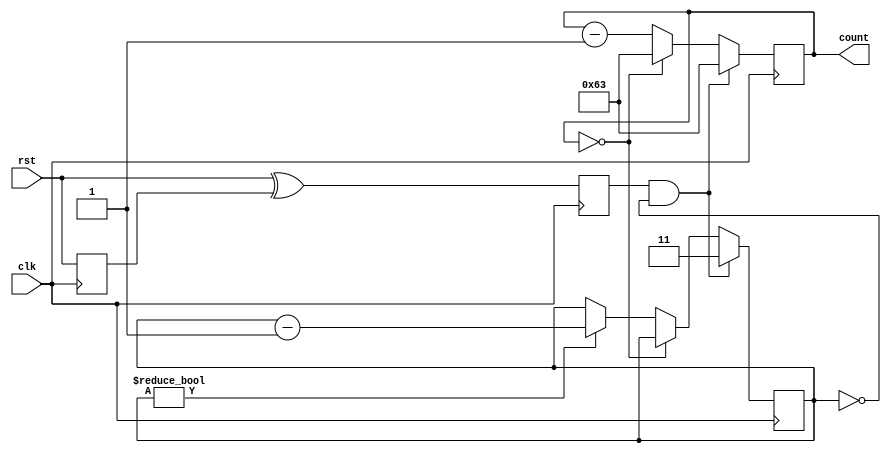
module Counter_with_de (
  input clk,
  input rst,
  output reg [6:0] count = 99
);
  reg rst_prev;
  reg rst_p;
  reg rst_sync;
  reg [1:0] debounce_counter = 2'b00;
  always @(posedge clk) begin
    rst_sync <= rst ^rst_p;
    rst_p <= rst; 
    if (rst_sync & debounce_counter==2'b00) begin
      count <= 99;
      debounce_counter = 2'b11;
    end
    else if (count == 0) begin
      count <= 99;
    end
    else begin
      count <= count - 1;
      if (debounce_counter != 2'b00)
        debounce_counter <= debounce_counter - 1;
    end
  end
endmodule